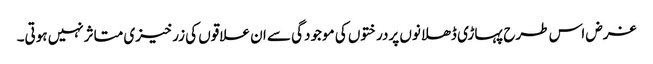
غرض اس طرح پہاڑی ڈھلانوں پردرختوں کی موجودگی سے ان علاقوں کی زرخیزی متاثرنہیں ہوتی۔